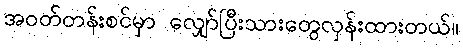
အဝတ်တန်းစင်မှာ လျှော်ပြီးသားတွေလှန်းထားတယ်။